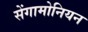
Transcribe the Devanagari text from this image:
सेंगामोनियन